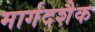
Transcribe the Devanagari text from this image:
मार्गदशैक